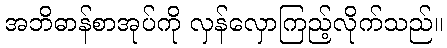
အဘိဓာန်စာအုပ်ကို လှန်လှောကြည့်လိုက်သည်။